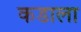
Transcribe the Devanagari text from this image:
कडाला